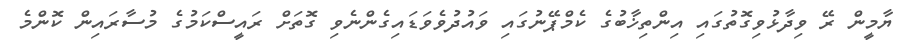
ޔާމީން ރޭ ވިދާޅުވިގޮތުގައި އިންތިޚާބުގެ ކެމްޕޭނުގައި ވައުދުވެވަޑައިގެންނެވި ގޮތަށް ރައީސްކަމުގެ މުސާރައިން ކޮންމެ